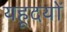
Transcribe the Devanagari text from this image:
यहूदयों